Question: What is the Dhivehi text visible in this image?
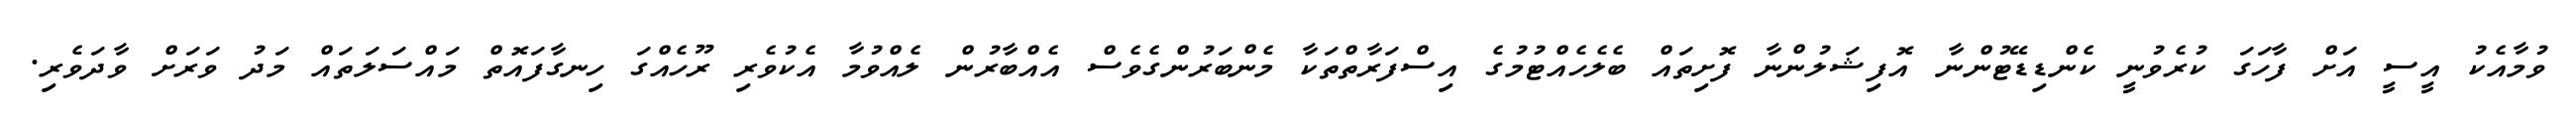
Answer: ވުމާއެކު އީސީ އަށް ފާހަގަ ކުރެވުނީ ކެންޑިޑޭޓުންނާ އޮފިޝަލުންނާ ފޮށިތައް ބެލެހެއްޓުމުގެ އިސްފަރާތްތަކާ މެންބަރުންގެވެސް އެއްބާރުން ލެއްވުމާ އެކުވެރި ރޫހެއްގަ ހިނގާފައޮތް މައްސަލަތައް މަދު ވަރަށް ވާދަވެރި.